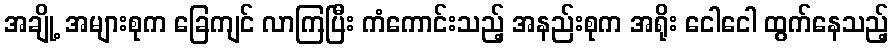
အချို့ အများစုက ခြေကျင် လာကြပြီး ကံကောင်းသည့် အနည်းစုက အရိုး ငေါငေါ ထွက်နေသည့်